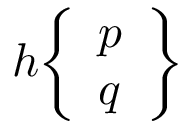
h { \left\{ \begin{array} { l } { p } \\ { q } \end{array} \right\} }